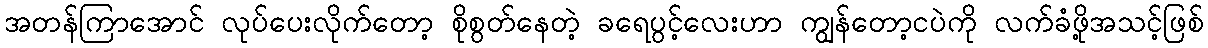
အတန်ကြာအောင် လုပ်ပေးလိုက်တော့ စိုစွတ်နေတဲ့ ခရေပွင့်လေးဟာ ကျွန်တော့ငပဲကို လက်ခံဖို့အသင့်ဖြစ်